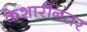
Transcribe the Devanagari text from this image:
केशारींनंतर